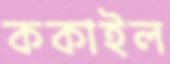
ককাইল